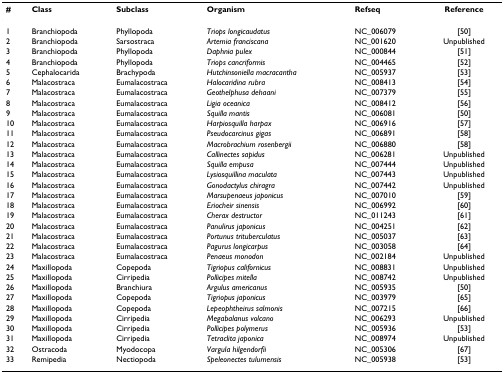
<table><thead><tr><td><b>#</b></td><td><b>Class</b></td><td><b>Subclass</b></td><td><b>Organism</b></td><td><b>Refseq</b></td><td><b>Reference</b></td></tr></thead><tbody><tr><td>1</td><td>Branchiopoda</td><td>Phyllopoda</td><td><i>Triops longicaudatus</i></td><td>NC_006079</td><td>[50]</td></tr><tr><td>2</td><td>Branchiopoda</td><td>Sarsostraca</td><td><i>Artemia franciscana</i></td><td>NC_001620</td><td>Unpublished</td></tr><tr><td>3</td><td>Branchiopoda</td><td>Phyllopoda</td><td><i>Daphnia pulex</i></td><td>NC_000844</td><td>[51]</td></tr><tr><td>4</td><td>Branchiopoda</td><td>Phyllopoda</td><td><i>Triops cancriformis</i></td><td>NC_004465</td><td>[52]</td></tr><tr><td>5</td><td>Cephalocarida</td><td>Brachypoda</td><td><i>Hutchinsoniella macracantha</i></td><td>NC_005937</td><td>[53]</td></tr><tr><td>6</td><td>Malacostraca</td><td>Eumalacostraca</td><td><i>Halocaridina rubra</i></td><td>NC_008413</td><td>[54]</td></tr><tr><td>7</td><td>Malacostraca</td><td>Eumalacostraca</td><td><i>Geothelphusa dehaani</i></td><td>NC_007379</td><td>[55]</td></tr><tr><td>8</td><td>Malacostraca</td><td>Eumalacostraca</td><td><i>Ligia oceanica</i></td><td>NC_008412</td><td>[56]</td></tr><tr><td>9</td><td>Malacostraca</td><td>Eumalacostraca</td><td><i>Squilla mantis</i></td><td>NC_006081</td><td>[50]</td></tr><tr><td>10</td><td>Malacostraca</td><td>Eumalacostraca</td><td><i>Harpiosquilla harpax</i></td><td>NC_006916</td><td>[57]</td></tr><tr><td>11</td><td>Malacostraca</td><td>Eumalacostraca</td><td><i>Pseudocarcinus gigas</i></td><td>NC_006891</td><td>[58]</td></tr><tr><td>12</td><td>Malacostraca</td><td>Eumalacostraca</td><td><i>Macrobrachium rosenbergii</i></td><td>NC_006880</td><td>[58]</td></tr><tr><td>13</td><td>Malacostraca</td><td>Eumalacostraca</td><td><i>Callinectes sapidus</i></td><td>NC_006281</td><td>Unpublished</td></tr><tr><td>14</td><td>Malacostraca</td><td>Eumalacostraca</td><td><i>Squilla empusa</i></td><td>NC_007444</td><td>Unpublished</td></tr><tr><td>15</td><td>Malacostraca</td><td>Eumalacostraca</td><td><i>Lysiosquillina maculata</i></td><td>NC_007443</td><td>Unpublished</td></tr><tr><td>16</td><td>Malacostraca</td><td>Eumalacostraca</td><td><i>Gonodactylus chiragra</i></td><td>NC_007442</td><td>Unpublished</td></tr><tr><td>17</td><td>Malacostraca</td><td>Eumalacostraca</td><td><i>Marsupenaeus japonicus</i></td><td>NC_007010</td><td>[59]</td></tr><tr><td>18</td><td>Malacostraca</td><td>Eumalacostraca</td><td><i>Eriocheir sinensis</i></td><td>NC_006992</td><td>[60]</td></tr><tr><td>19</td><td>Malacostraca</td><td>Eumalacostraca</td><td><i>Cherax destructor</i></td><td>NC_011243</td><td>[61]</td></tr><tr><td>20</td><td>Malacostraca</td><td>Eumalacostraca</td><td><i>Panulirus japonicus</i></td><td>NC_004251</td><td>[62]</td></tr><tr><td>21</td><td>Malacostraca</td><td>Eumalacostraca</td><td><i>Portunus trituberculatus</i></td><td>NC_005037</td><td>[63]</td></tr><tr><td>22</td><td>Malacostraca</td><td>Eumalacostraca</td><td><i>Pagurus longicarpus</i></td><td>NC_003058</td><td>[64]</td></tr><tr><td>23</td><td>Malacostraca</td><td>Eumalacostraca</td><td><i>Penaeus monodon</i></td><td>NC_002184</td><td>Unpublished</td></tr><tr><td>24</td><td>Maxillopoda</td><td>Copepoda</td><td><i>Tigriopus californicus</i></td><td>NC_008831</td><td>Unpublished</td></tr><tr><td>25</td><td>Maxillopoda</td><td>Cirripedia</td><td><i>Pollicipes mitella</i></td><td>NC_008742</td><td>Unpublished</td></tr><tr><td>26</td><td>Maxillopoda</td><td>Branchiura</td><td><i>Argulus americanus</i></td><td>NC_005935</td><td>[50]</td></tr><tr><td>27</td><td>Maxillopoda</td><td>Copepoda</td><td><i>Tigriopus japonicus</i></td><td>NC_003979</td><td>[65]</td></tr><tr><td>28</td><td>Maxillopoda</td><td>Copepoda</td><td><i>Lepeophtheirus salmonis</i></td><td>NC_007215</td><td>[66]</td></tr><tr><td>29</td><td>Maxillopoda</td><td>Cirripedia</td><td><i>Megabalanus volcano</i></td><td>NC_006293</td><td>Unpublished</td></tr><tr><td>30</td><td>Maxillopoda</td><td>Cirripedia</td><td><i>Pollicipes polymerus</i></td><td>NC_005936</td><td>[53]</td></tr><tr><td>31</td><td>Maxillopoda</td><td>Cirripedia</td><td><i>Tetraclita japonica</i></td><td>NC_008974</td><td>Unpublished</td></tr><tr><td>32</td><td>Ostracoda</td><td>Myodocopa</td><td><i>Vargula hilgendorfii</i></td><td>NC_005306</td><td>[67]</td></tr><tr><td>33</td><td>Remipedia</td><td>Nectiopoda</td><td><i>Speleonectes tulumensis</i></td><td>NC_005938</td><td>[53]</td></tr></tbody></table>